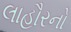
લાહૌરનો